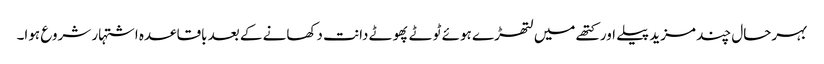
بہرحال چند مزید پیلے اور کتھے میں لتھڑے ہوئے ٹوٹے پھوٹے دانت دکھانے کے بعد باقاعدہ اشتہار شروع ہوا۔